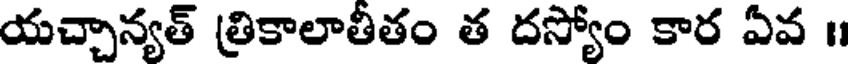
యచ్చాన్యత్ త్రికాలాతీతం త దస్యోం కార ఏవ ॥